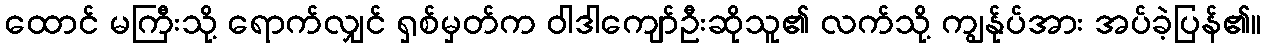
ထောင် မကြီးသို့ ရောက်လျှင် ရှစ်မှတ်က ဝါဒါကျော်ဦးဆိုသူ၏ လက်သို့ ကျွန်ုပ်အား အပ်ခဲ့ပြန်၏။